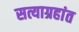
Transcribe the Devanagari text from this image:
सत्याग्रहांत